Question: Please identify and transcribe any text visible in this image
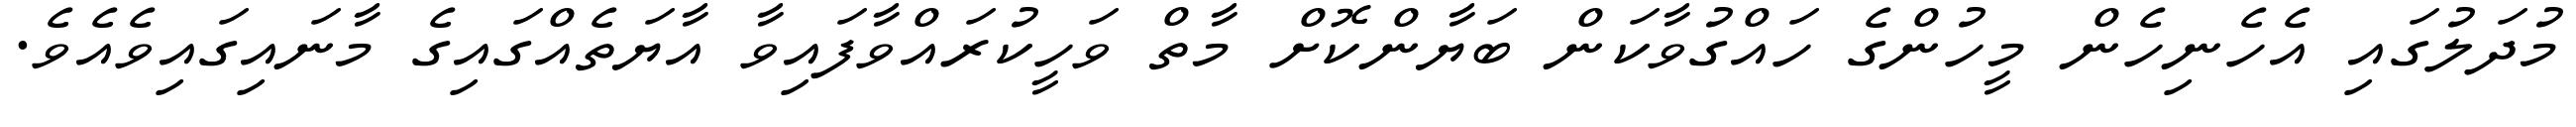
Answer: މުދަލުގައި އެހެނިހެން މީހުންގެ ހައްގުވާކަން ބަޔާންކޮށް މާތް ވަހީކުރައްވާފައިވާ އާޔަތެއްގައިގެ މާނައިގައިވެއެވެ.